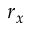
r _ { x }